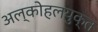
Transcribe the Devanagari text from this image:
अल्कोहलयुक्त